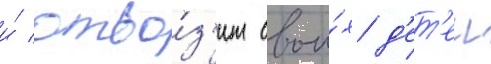
и́ отво́з'ит свои́х д'ет'еи